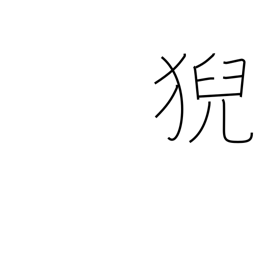
Meaning: the seat of a famous priest